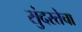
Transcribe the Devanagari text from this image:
सुंदरतेचा